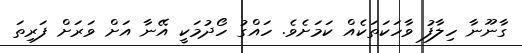
ގާނޫނާ ހިލާފު ވާހަކަތަކެއް ކަމަށެވެ. ހައްގު ހޯދުމަކީ އޭނާ އަށް ވަރަށް ފަރިތަ